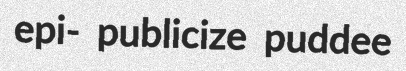
epi- publicize puddee